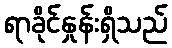
ရာခိုင်နှုန်းရှိသည်